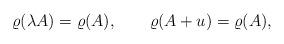
LaTeX: \begin{align*}\varrho(\lambda A)=\varrho(A),\quad\quad\varrho(A+u)=\varrho(A),\end{align*}